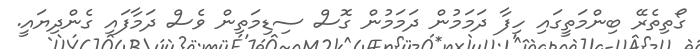
ގޯތިތެރޭ ބިންމަތީގައި ހިފާ ދަމަމުން ދަމަމުން ގޮސް ސިޑިމަތިން ވެސް ދަމާފައި ގެންދިޔައީ.